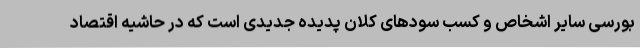
بورسی سایر اشخاص و کسب سودهای کلان پدیده جدیدی است که در حاشیه اقتصاد